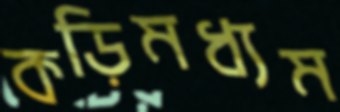
কড়িমধ্যম